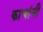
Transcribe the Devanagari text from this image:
काचांनी